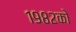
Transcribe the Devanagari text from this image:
१९८२को